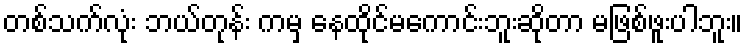
တစ်သက်လုံး ဘယ်တုန်း ကမှ နေထိုင်မကောင်းဘူးဆိုတာ မဖြစ်ဖူးပါဘူး။